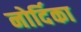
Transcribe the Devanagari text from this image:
नोर्दिका